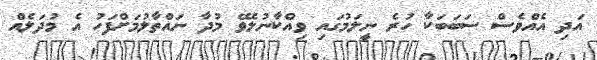
އަދި އެއްވެސް ސަބަބަކާ ހުރެ ނީލަމުގައި ވިއްކާނުލެވޭ މުދާ ނައްތާލުމަށްފަހު އެ މުދަލެއް